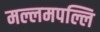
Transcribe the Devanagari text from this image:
मल्लमपल्लि